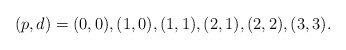
\begin{align*}(p,d) = (0,0), (1,0), (1,1), (2,1), (2,2), (3,3).\end{align*}